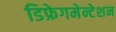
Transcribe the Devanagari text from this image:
डिफ्रेगमेन्टेशन